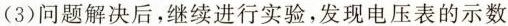
(3)问题解决后，继续进行实验，发现电压表的示数